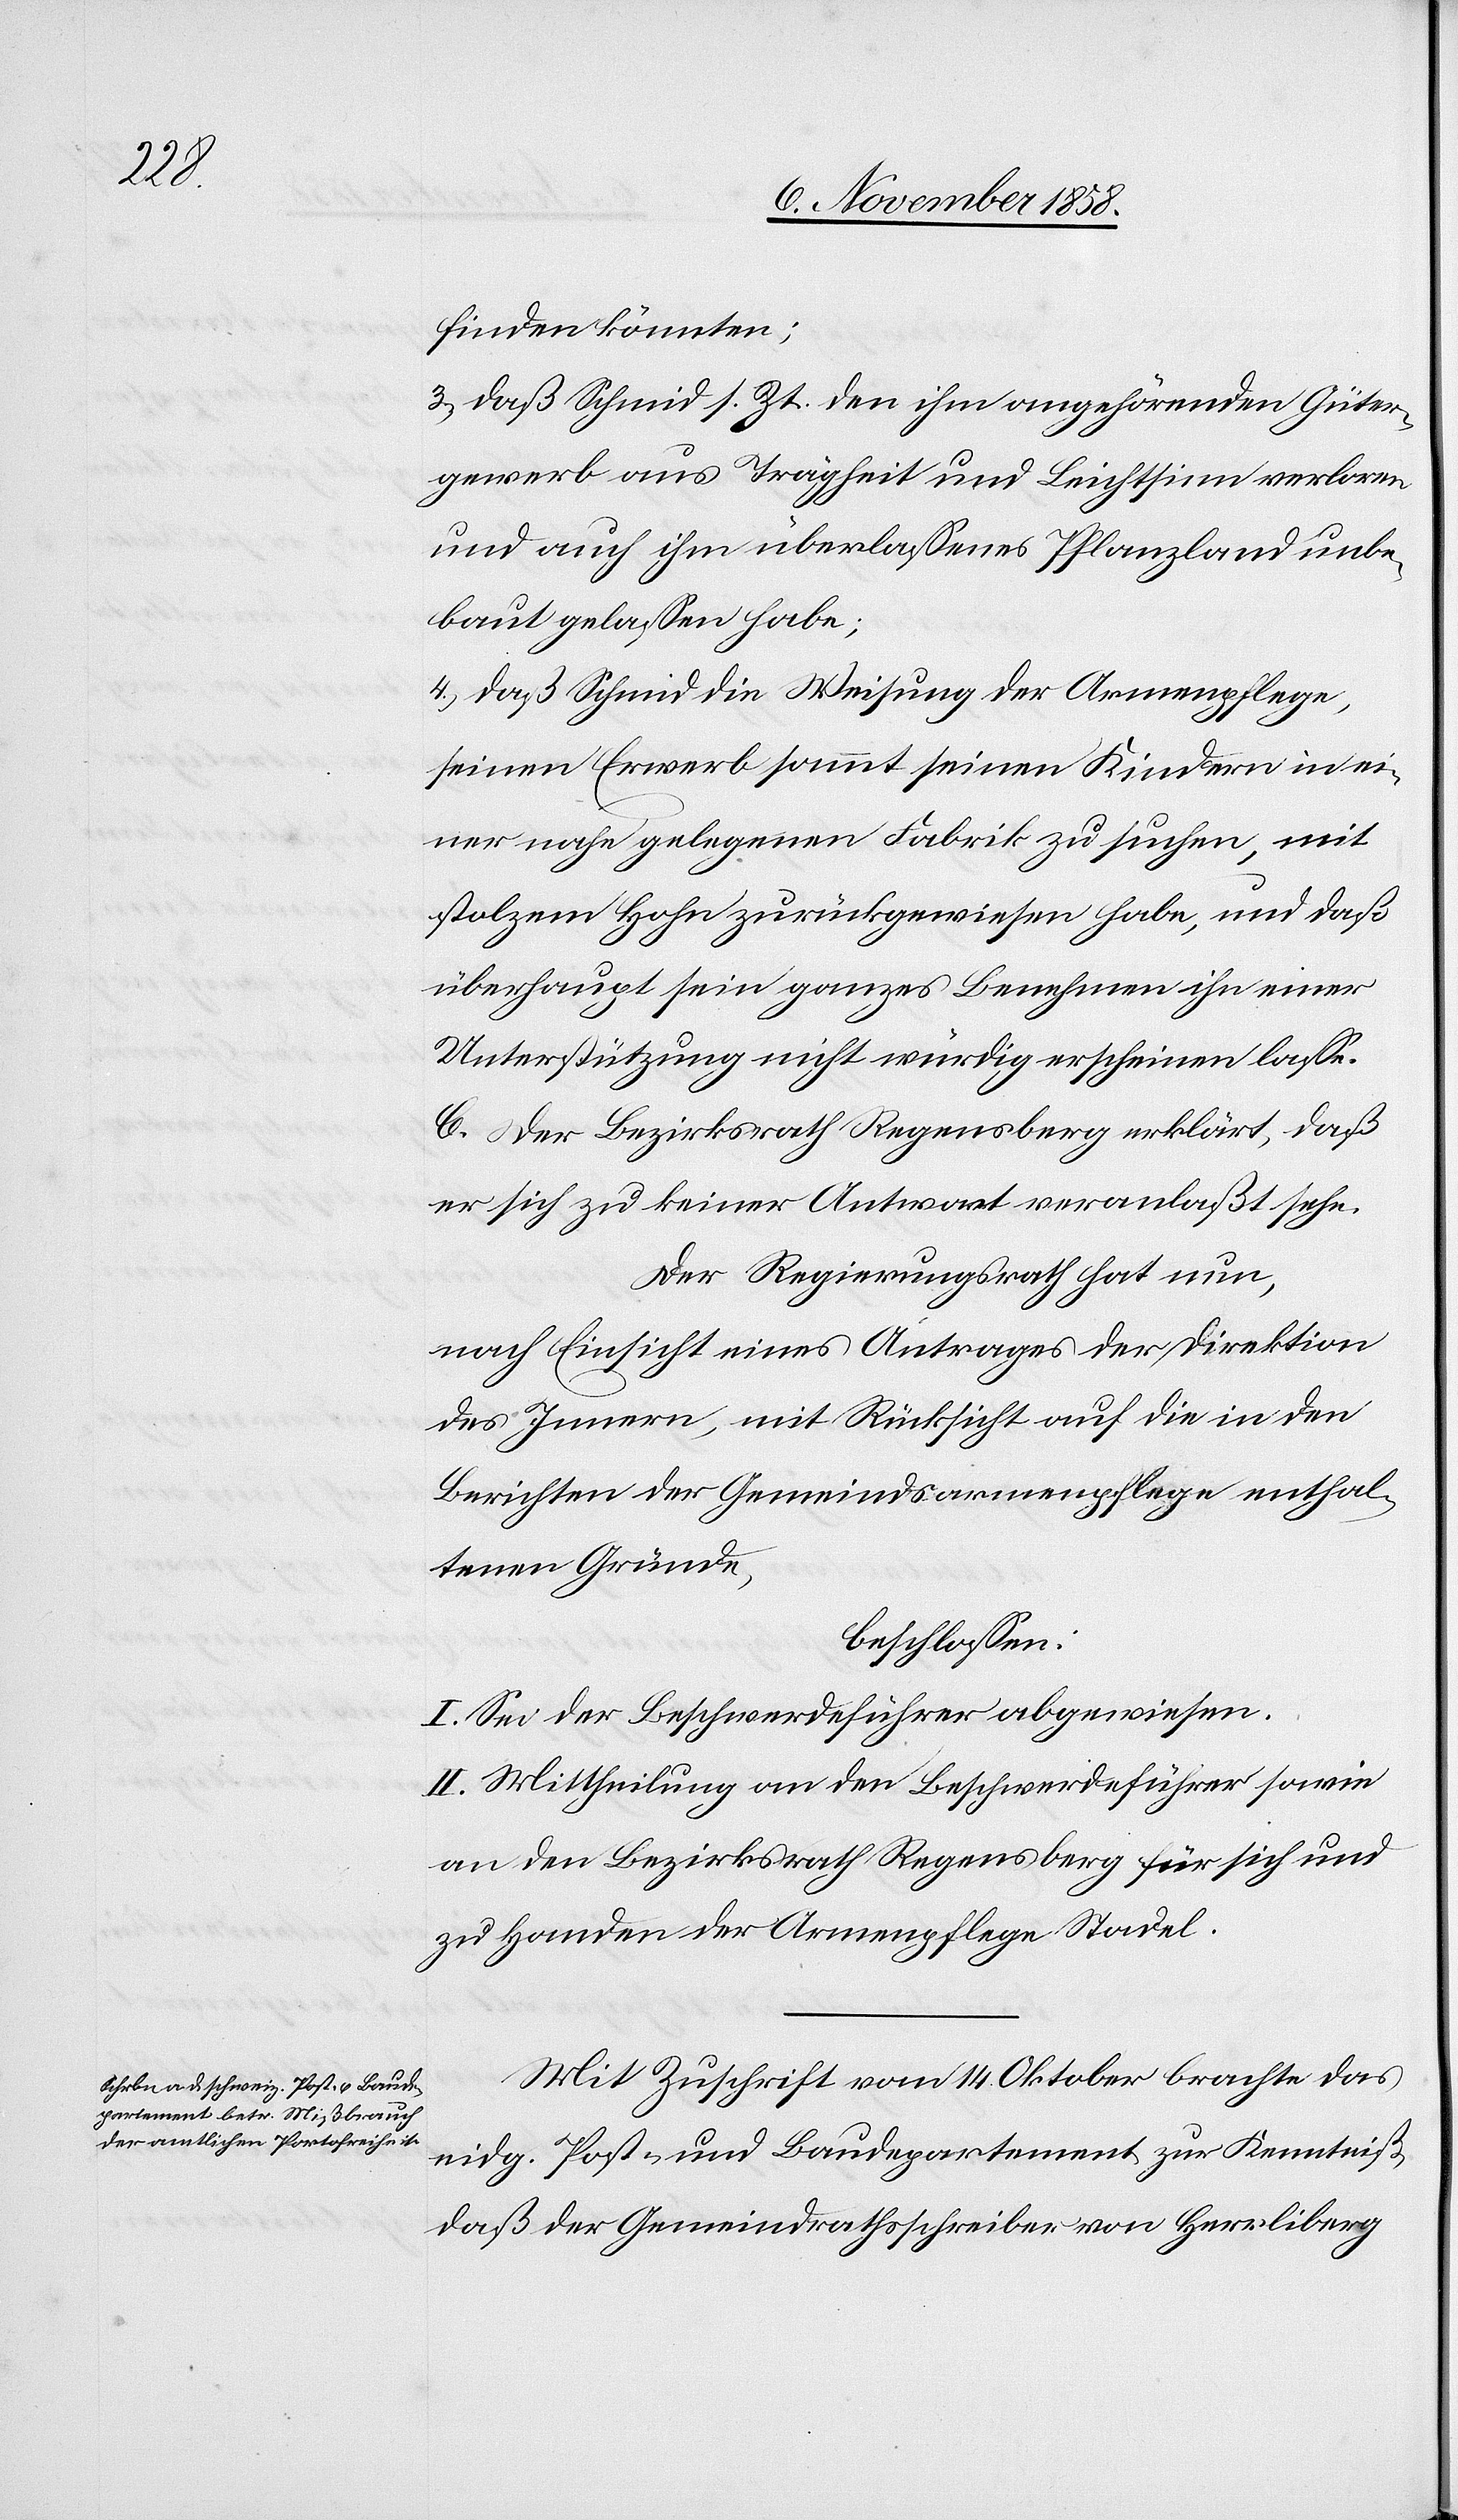
finden könnten;
3.) daß Schmid s. Zt. den ihm angehörenden Güter¬
gewerb aus Trägheit und Leichtsinn verloren
und auch ihm überlassenes Pflanzland unbe¬
baut gelassen habe;
4.) daß Schmid die Weisung der Armenpflege,
seinen Erwerb sammt seinen Kindern in ei¬
ner nahe gelegenen Fabrik zu suchen, mit
stolzem Hohn zurückgewiesen habe, und daß
überhaupt sein ganzes Benehmen ihn einer
Unterstützung nicht würdig erscheinen lasse.
C. Der Bezirksrath Regensberg erklärt, daß
er sich zu keiner Antwort veranlaßt sehe.
Der Regierungsrath hat nun,
nach Einsicht eines Antrages der Direktion
des Innern, mit Rücksicht auf die in den
Berichten der Gemeindsarmenpflege enthal¬
tenen Gründe,
beschlossen:
I. Sei der Beschwerdeführer abgewiesen.
II. Mittheilung an den Beschwerdeführer sowie
an den Bezirksrath Regensberg für sich und
zu Handen der Armenpflege Stadel.
Mit Zuschrift vom 14. Oktober brachte das
eidg. Post- und Baudepartement zur Kenntniß,
daß der Gemeindrathsschreiber von Herrliberg